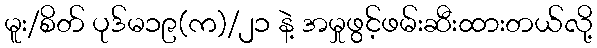
မူး/စိတ် ပုဒ်မ၁၉(က)/၂၁ နဲ့ အမှုဖွင့်ဖမ်းဆီးထားတယ်လို့